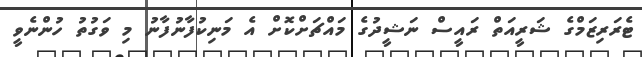
ޓެރަރިޒަމްގެ ޝަރީއަތް ރައީސް ނަޝީދުގެ މައްޗަށްކޮށް އެ މަނިކުފާނުފާނު މި ވަގުތު ހުންނެވީ